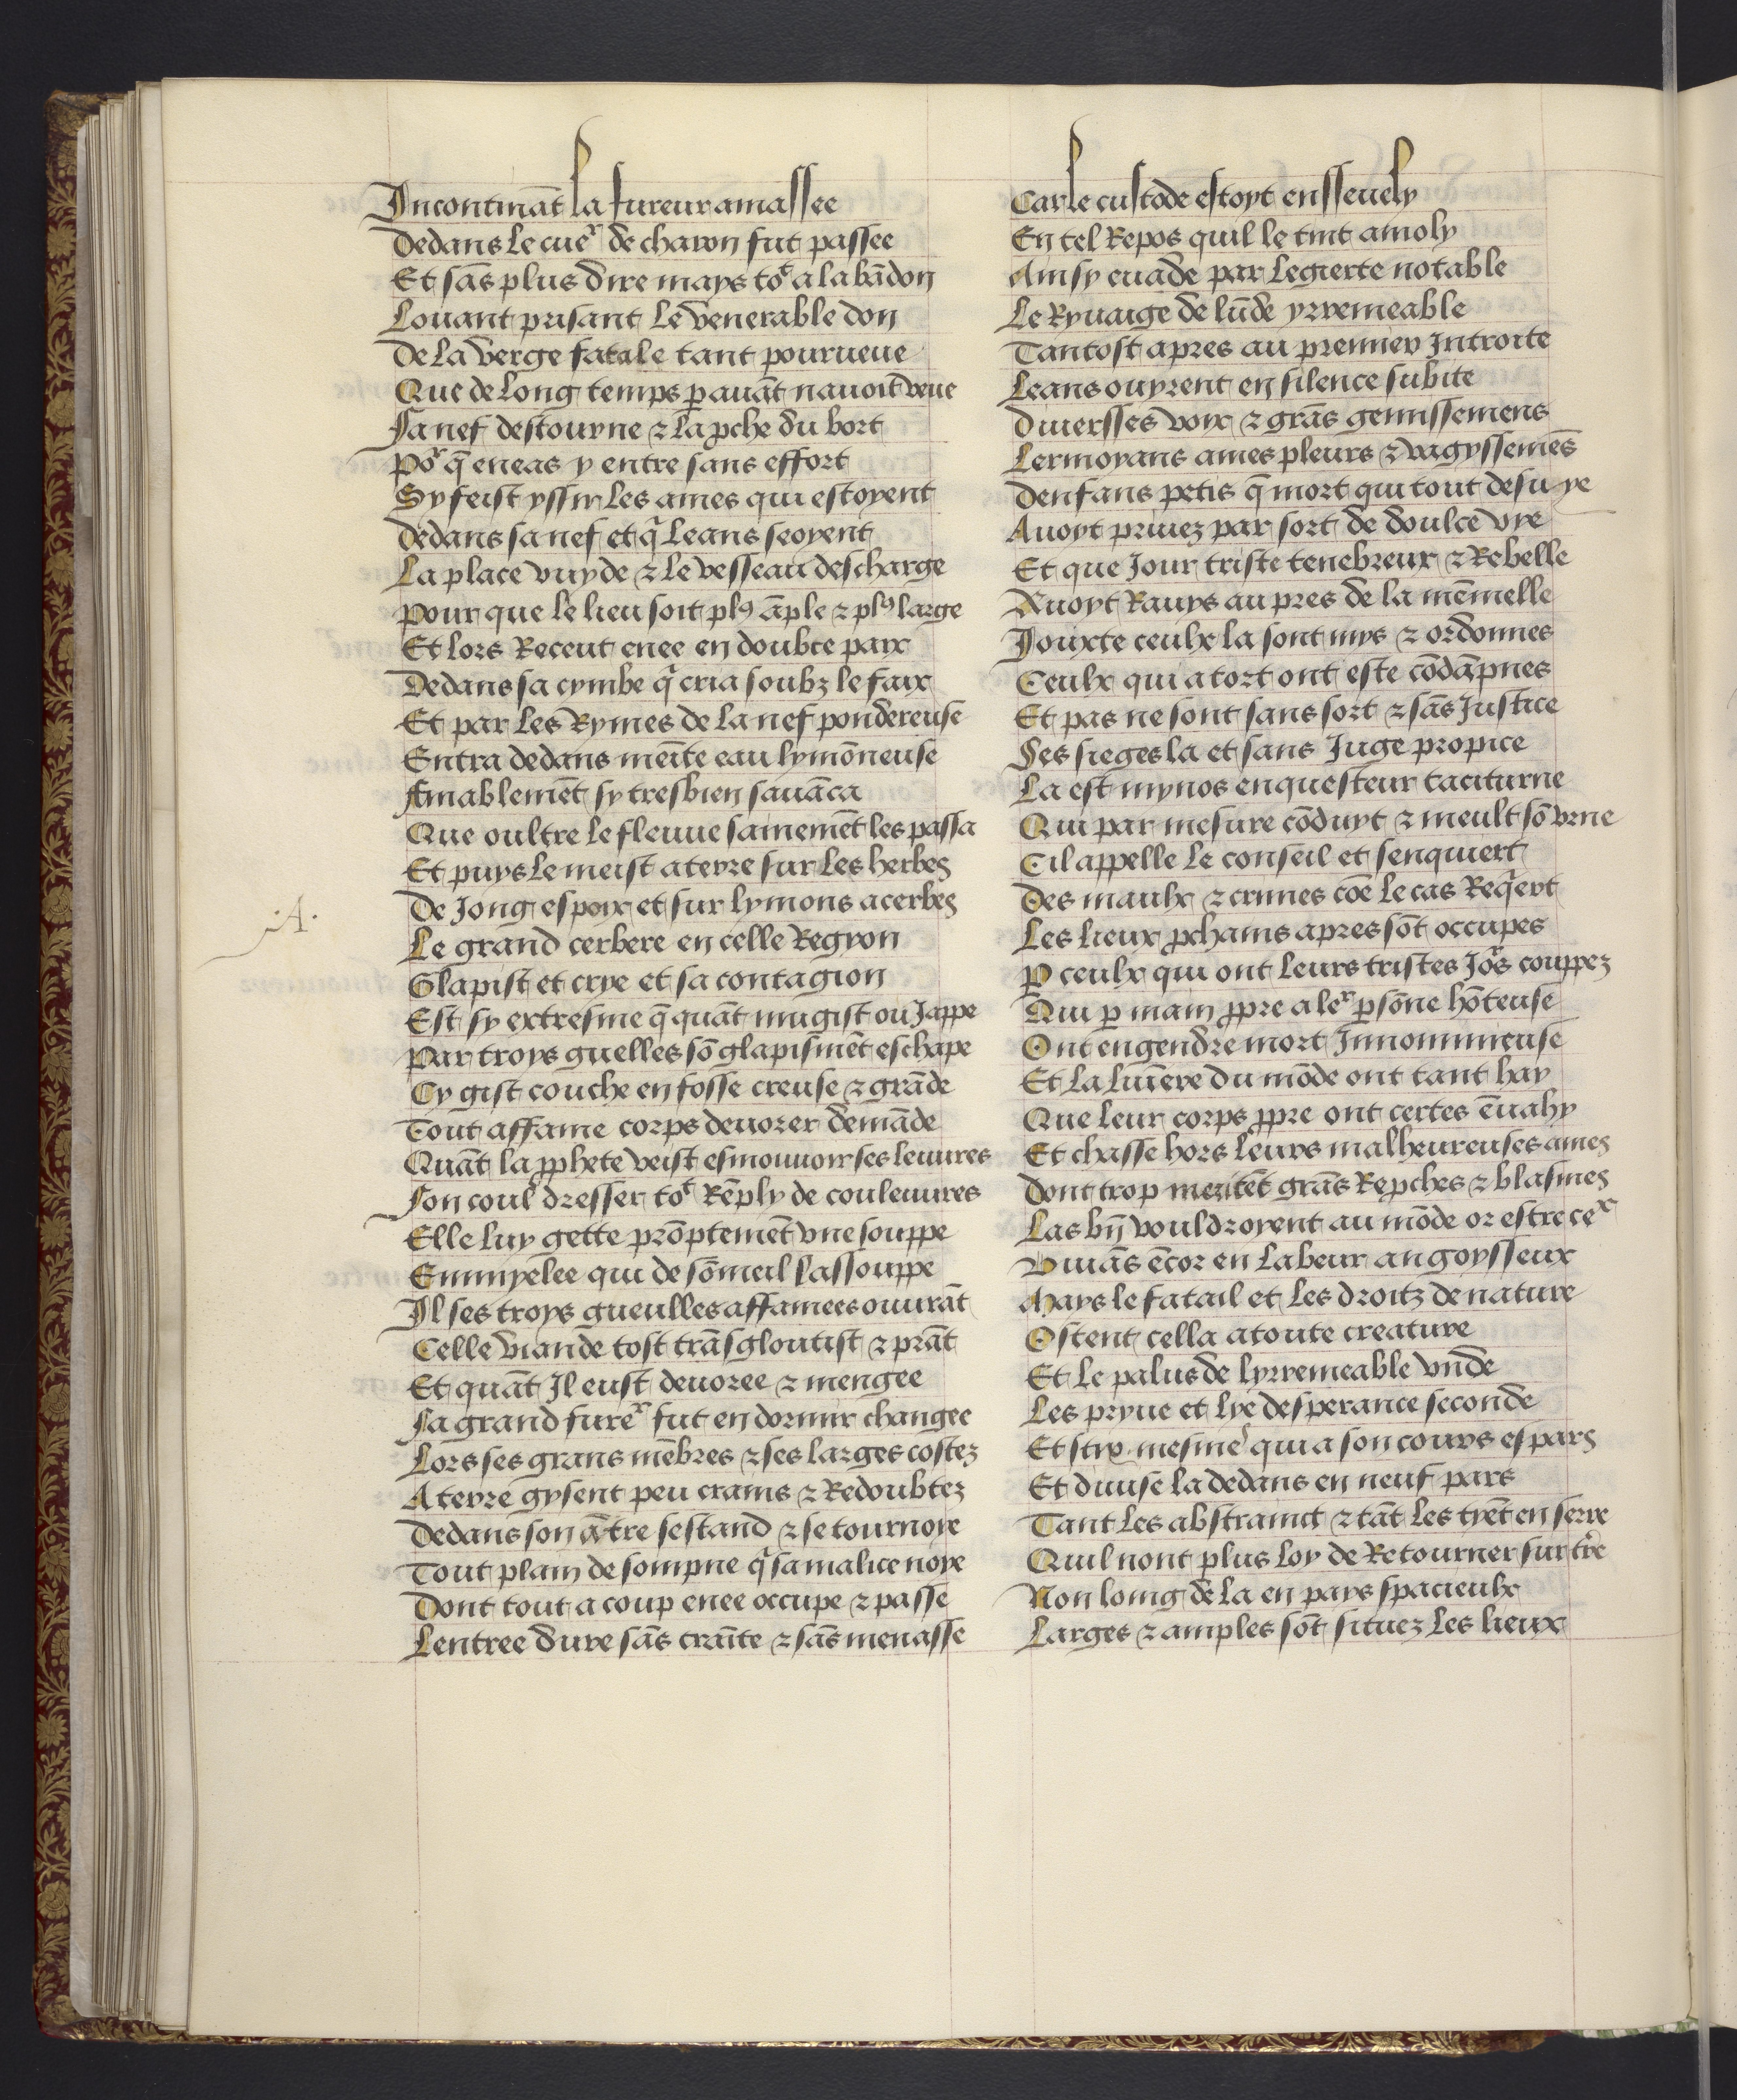
Shelfmark: Philadelphia, University of Pennsylvania, codex 909
Century: 15